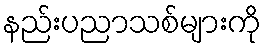
နည်းပညာသစ်များကို